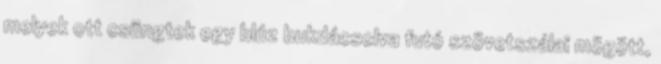
melyek ott csüngtek egy blúz bukdácsolva futó szövetszálai mögött,